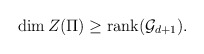
\begin{align*}\dim Z(\Pi)\geq {\rm rank}({\cal G}_{d+1}).\end{align*}